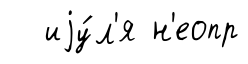
иjу́л'я н'еопр